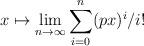
LaTeX: \begin{align*}x \mapsto \lim\limits_{n\to \infty} \sum_{i=0}^n (px)^i/i!\end{align*}